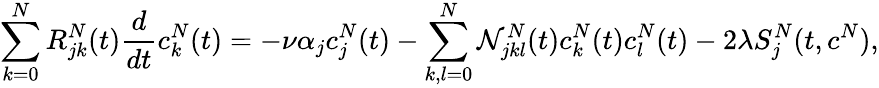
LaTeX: \sum_{k=0}^{N}R_{jk}^{N}(t)\frac{d}{dt}c_{k}^{N}(t)=-\nu\alpha_{j}c_{j}^{N}(t)-\sum_{k,l=0}^{N}\mathcal{N}_{jkl}^{N}(t)c_{k}^{N}(t)c_{l}^{N}(t)-2\lambda S_{j}^{N}(t,c^{N}),